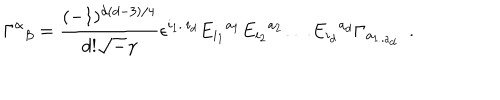
\Gamma ^ { \alpha } { } _ { \beta } = \frac { ( - 1 ) ^ { d ( d - 3 ) / 4 } } { d ! { \sqrt - \gamma } } \epsilon ^ { i _ { 1 } . . i _ { d } } E _ { i _ { 1 } } { } ^ { a _ { 1 } } E _ { i _ { 2 } } { } ^ { a _ { 2 } } \ldots E _ { i _ { d } } { } ^ { a _ { d } } \Gamma _ { a _ { 1 . . a { _ d } } } ~ ~ .